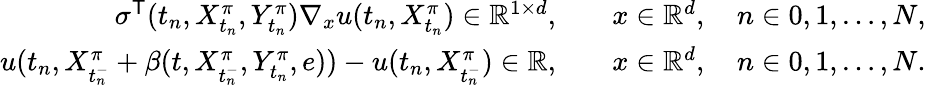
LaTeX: \begin{array}{rl}{\sigma^{\mathsf{T}}(t_{n},X_{t_{n}}^{\pi},Y_{t_{n}}^{\pi})\nabla_{x}u(t_{n},X_{t_{n}}^{\pi})\in\mathbb R^{1\times d},\quad}&{x\in\mathbb R^{d},\quad n\in{0,1,\ldots,N},}\\ {u(t_{n},X_{t_{n}^{-}}^{\pi}+\beta(t,X_{t_{n}^{-}}^{\pi},Y_{t_{n}}^{\pi},e))-u(t_{n},X_{t_{n}^{-}}^{\pi})\in\mathbb R,\quad}&{x\in\mathbb R^{d},\quad n\in{0,1,\ldots,N}.}\end{array}